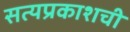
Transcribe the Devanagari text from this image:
सत्यप्रकाशची